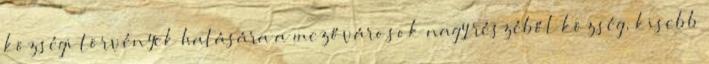
községi törvények hatására a mezővárosok nagy részéből község, kisebb